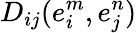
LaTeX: D_{ij}(e_{i}^{m},e_{j}^{n})